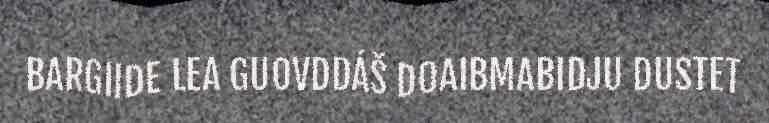
BARGIIDE LEA GUOVDDÁŠ DOAIBMABIDJU DUSTET